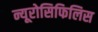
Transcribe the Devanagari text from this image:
न्यूरोसिफिलिस